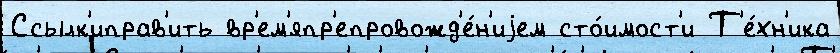
Ссылк'иправ'ить вр'ем'япр'епровожд'е́н'иjем сто́имост'и Т'е́хн'ика